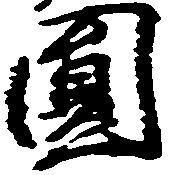
円